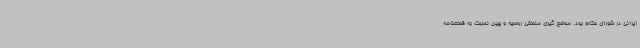
ایرانی در شورای حکام بود. موضع گیری منطقی روسیه و چین نسبت به قطعنامه